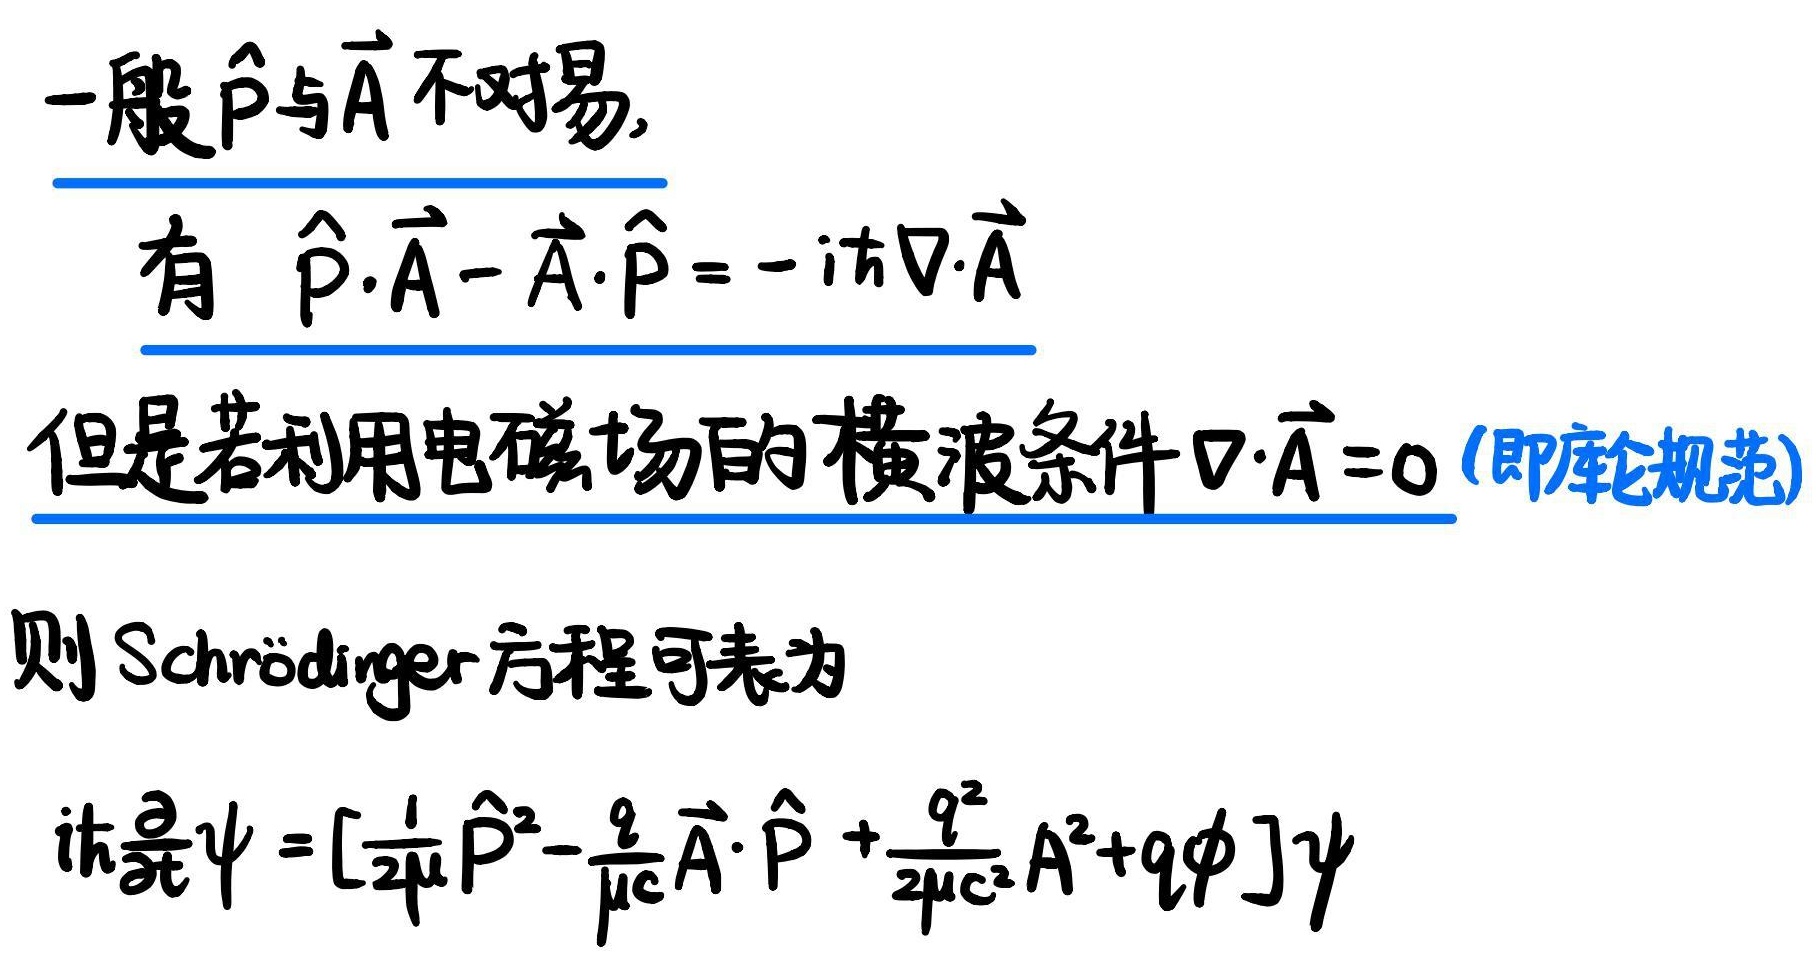
一般$\hat{\vec{p}}$与$\vec{A}$不对易，有 $\hat{\vec{p}}\cdot\vec{A}-\vec{A}\cdot\hat{\vec{p}}=-i\hbar\nabla\cdot\vec{A}$。但是若利用电磁场的横波条件$\nabla\cdot\vec{A}=0$ (即库仑规范)，则 Schrödinger 方程可表为$i\hbar\frac{\partial}{\partial t}\psi = [\frac{1}{2\mu}\hat{\vec{p}}^{2}-\frac{q}{\mu c}\vec{A}\cdot\hat{\vec{p}}+\frac{q^{2}}{2\mu c^{2}}A^{2}+q\phi]\psi$。